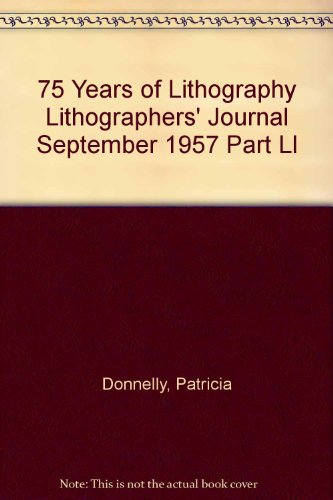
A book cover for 75 Years of Lithography Lithographers' Journal September 1957 Part Ll; Patricia Donnelly; Arts & Photography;